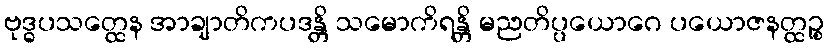
ဗုဒ္ဓပသတ္ထေန အာချာတိကပဒန္တိ သမောကိရန္တိ မညတိပ္ပယောဂေ ပယောဇနတ္ထဉ္စ